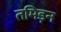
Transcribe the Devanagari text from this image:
तमिड़न